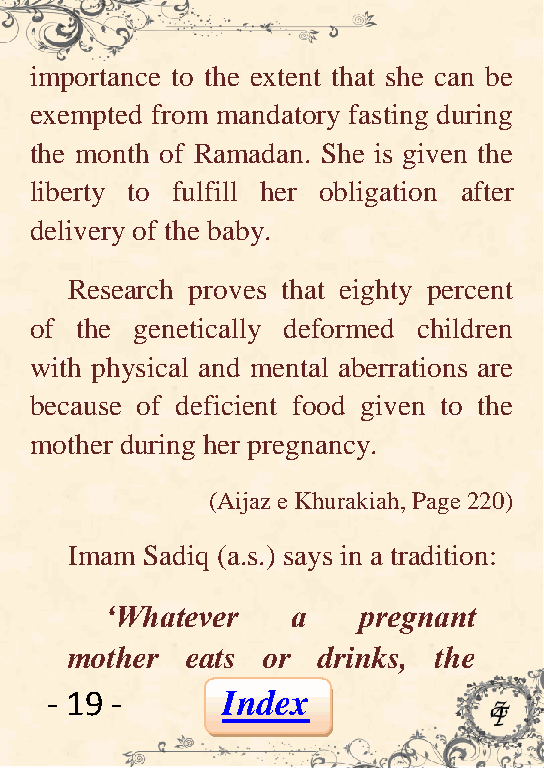
importance to the extent that she can be
 exempted from mandatory fasting during
 the month of Ramadan. She is given the
 liberty to fulfill her obligation after
 delivery of the baby.
 Research proves that eighty percent
 of the genetically deformed children
 with physical and mental aberrations are
 because of deficient food given to the
 mother during her pregnancy.
 (Aijaz e Khurakiah, Page 220)
 Imam Sadiq (a.s.) says in a tradition:
 „Whatever   a    pregnant
 mother  eats or  drinks, the
 - 19 -      Index